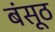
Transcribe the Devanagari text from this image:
बंसूठ